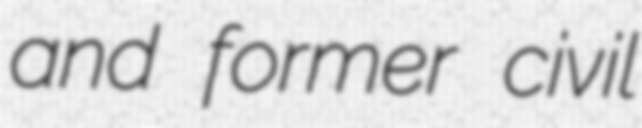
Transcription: and former civil